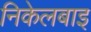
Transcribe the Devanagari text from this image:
निकेलबाइ